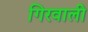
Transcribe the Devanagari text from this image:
गिरवाली